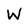
Character: W